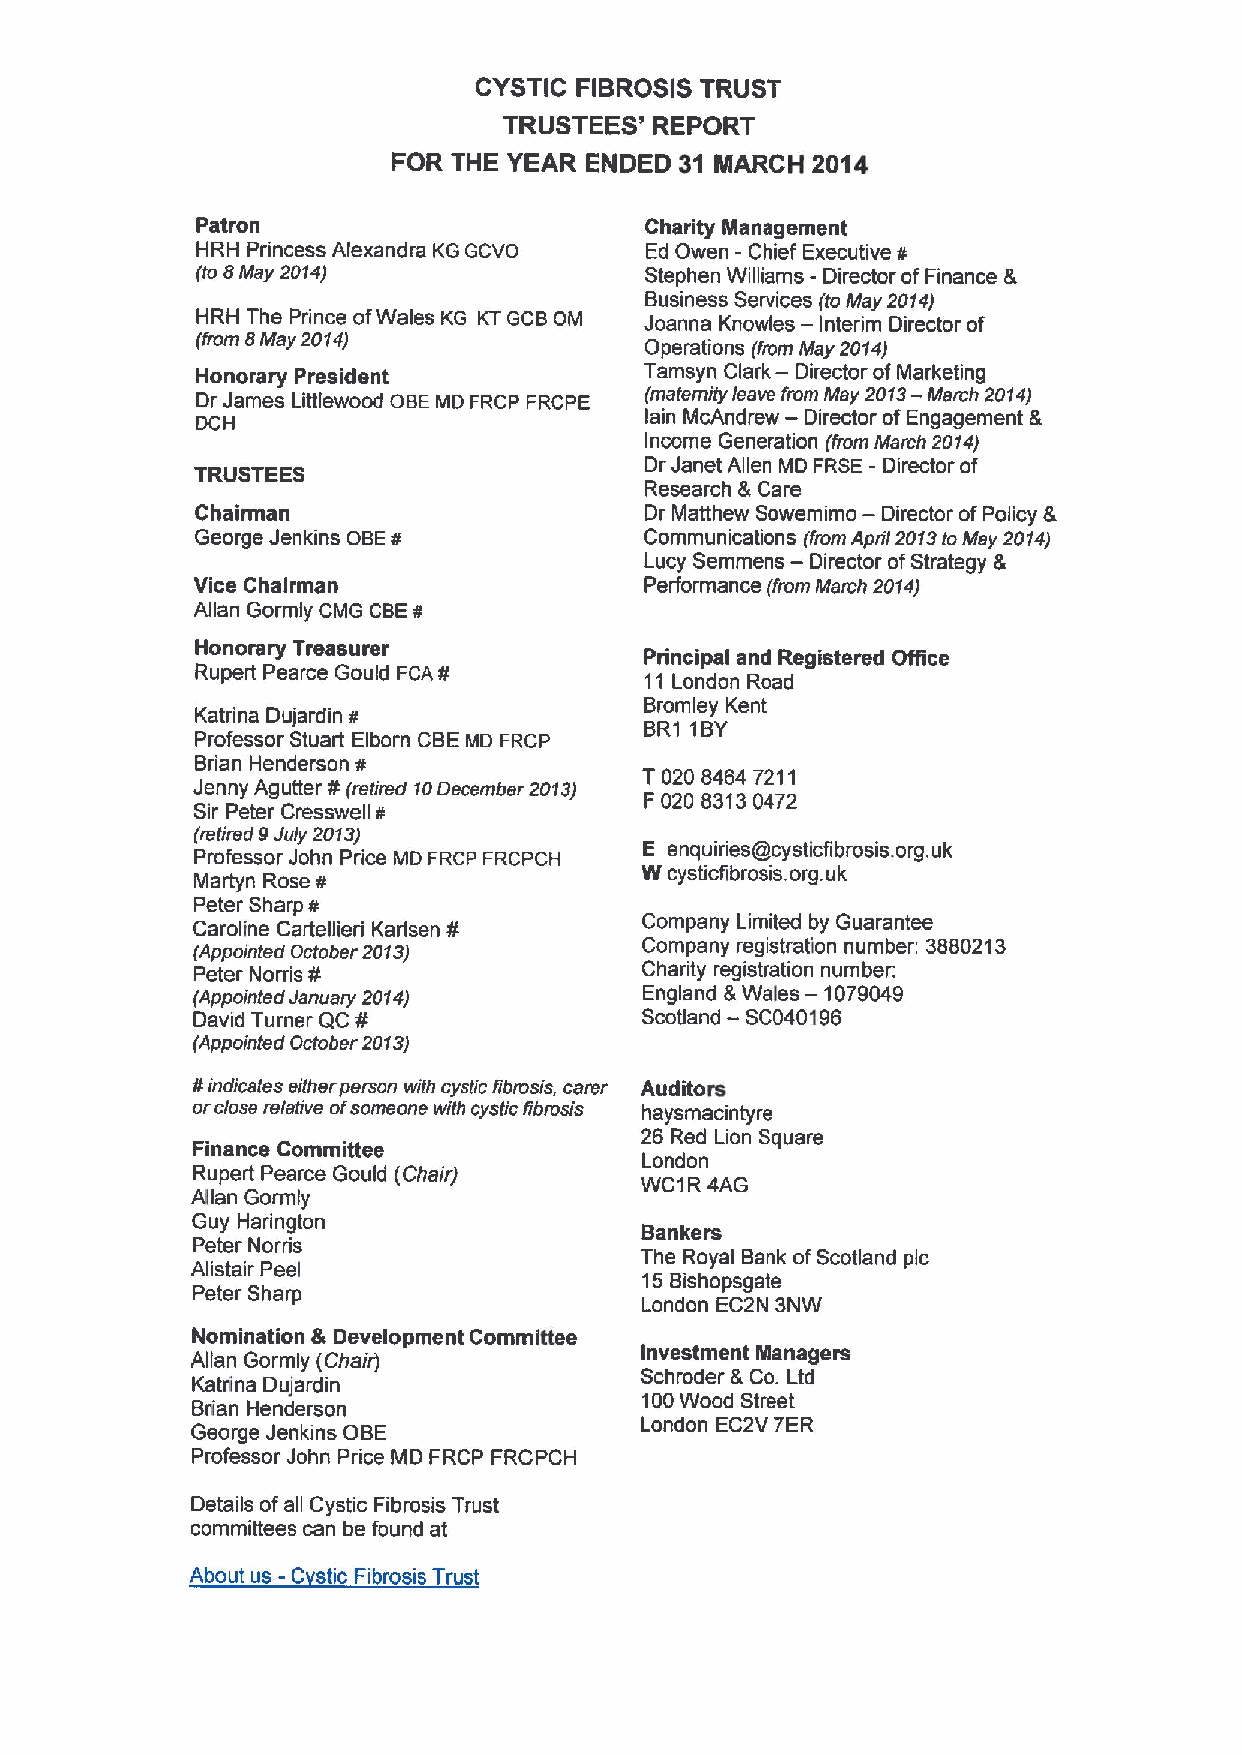
CYSTIC FIBROSIS TRUST
 TRUSTEES' REPORT
 FOR THE YEAR ENDED 31 MARCH 2014
 Patron                        Charity Management
 HRH Princess Alexandra KG GCVO Ed Owen - Chief Executive
 (lo 8May 2014)                Stephen Williams - Director ¹ of Finance &
 Business Services (to May 2014)
 HRH The Prince ofWales KG KTGCBOM Joanna Knowles — Interim Director of
 (from 8May 2014)
 Operations (from May 2014)
 —
 Honorary President            Tamsyn Clark Director ofMarketing
 Dr James Littlewood OBEMO FRCP FRCPE (maiemily leave f —rom May 2013- March 2014)
 DCH                           lain McAndrew Director ofEngagement 8
 Income Generation (fiom March 2014)
 TRUSTEES                      Dr Janet Allen MD FRSE- Director of
 Research 8 Care
 —
 Chairman                      Dr Matthew Sowemimo Director ofPolicy &
 George Jenkins OBE            Communications (from April 2013ioMay 2014)
 ¹                         —
 Lucy Semmens Director ofStrategy &
 Vice Chairman                 Performance (from March 2014)
 Allan Gormly CMG CBE
 ¹
 Honorary Treasurer
 Principal and Registered Office
 Rupert Pearce Gould FCA
 ¹             11 London Road
 Bromley Kent
 Katrina Dujardin
 ¹                   BR1 1BY
 Professor Stuart Elborn CBEMD FRCP
 Brian Henderson
 ¹                  T020 8464 7211
 Jenny Agutter (relired 10December 2013)
 ¹                    F020 83130472
 Sir Peter Cresswell
 ¹
 (ieiired 9July 2013)
 Professor John Price MD FRCP FRCPCH E enquiries@cysticfibrosis. org.uk
 Martyn Rose                   W cysticfibrosis. org.uk
 ¹
 Peter Sharp
 Caroline Cait¹ ellieri Karlsen Company Limited by Guarantee
 (Appointed October 2013) ¹    Company registration number: 3880213
 Peter Norris                  Charity registration number:
 (Appointed Jan¹ uary 2014)    England &Wales —1079049
 David Turner QC               Scotland
 —SC040196
 ¹
 (Appointed October 2013)
 ¹indicates either person with cyslic fibrosis, carer Auditors
 orclose relative ofsomeone with cystic ¹brosis haysmacintyre
 26 Red Lion Square
 Finance Committee
 London
 Rupert Pearce Gould (Chair)
 WC1R 4AG
 Allan Gormly
 Guy Harington
 Bankers
 Peter Norris
 The Royal Bank ofScotland pic
 Alistair Peel
 15Bishopsgate
 Peter Sharp
 London EC2N 3NW
 Nomination &Development Committee
 Investment Managers
 Allan Gormly (Chair)
 Schroder &Co. Ltd
 Katrina Dujardin
 100Wood Street
 Brian Henderson
 George Jenkins OBE           London EC2V 7ER
 Professor John Price MD FRCP FRCPCH
 Details ofall Cystic Fibrosis Trust
 committees can be found at
 -
 About us C stic Fibrosis Trust